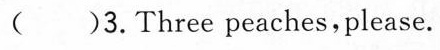
( )3.Three peaches,please.